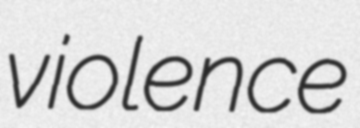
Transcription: violence